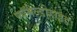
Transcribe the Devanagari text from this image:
फॉमैल्डीहाइड